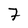
Character: 7